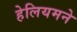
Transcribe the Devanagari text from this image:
हेलियमने